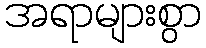
အရာများစွာ